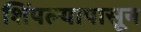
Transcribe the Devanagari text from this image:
शिंपल्यापासून